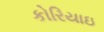
કોરિયાઇ